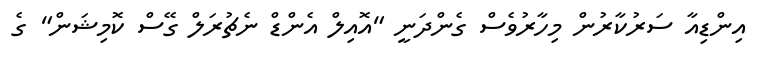
އިންޑިއާ ސަރުކާރުން މިހާރުވެސް ގެންދަނީ "އޮއިލް އެންޑް ނެޗުރަލް ގޭސް ކޮމިޝަން" ގެ